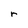
Character: r